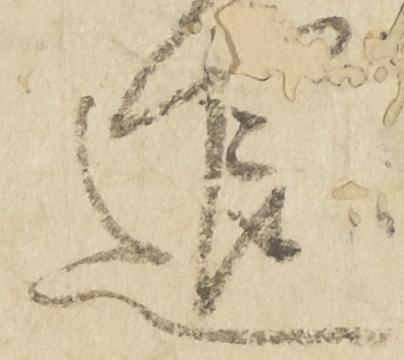
退